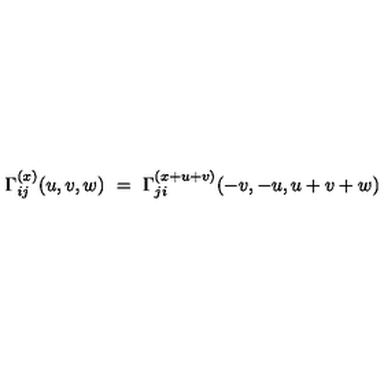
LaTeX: { \Gamma } _ { i j } ^ { ( x ) } ( u , v , w ) \ = \ { \Gamma } _ { j i } ^ { ( x + u + v ) } ( - v , - u , u + v + w )